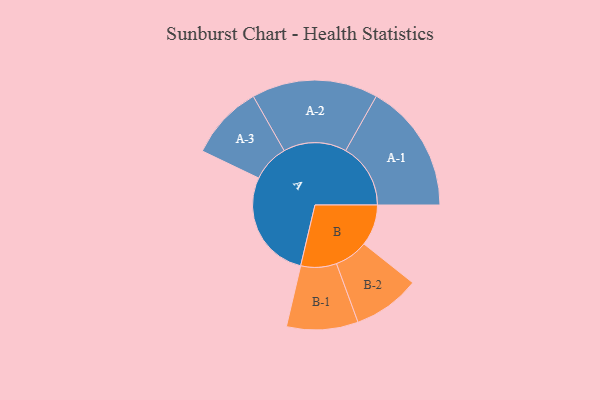
{"axis": {"x": "Segment", "y": "Value"}, "legend": ["", "A", "B"], "data": [{"x": "A", "y": 444, "type": ""}, {"x": "B", "y": 167, "type": ""}, {"x": "A-1", "y": 263, "type": "A"}, {"x": "A-2", "y": 256, "type": "A"}, {"x": "A-3", "y": 151, "type": "A"}, {"x": "B-1", "y": 145, "type": "B"}, {"x": "B-2", "y": 136, "type": "B"}]}